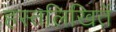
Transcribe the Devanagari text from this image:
हस्तलिखितें